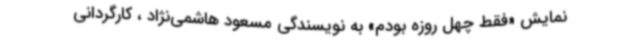
نمایش «فقط چهل روزه بودم» به نویسندگی مسعود هاشمی‌نژاد ، کارگردانی